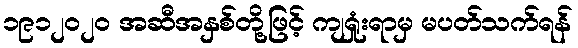
၁၉၁၂၀၂၀ အဆီအနှစ်တို့ဖြင့် ကျရှုံးရာမှ မပတ်သက်ရန်